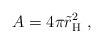
LaTeX: \begin{align*}A = 4 \pi \tilde r_{\rm H}^2 \ , \end{align*}